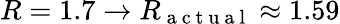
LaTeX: R=1.7\to R_{\mathrm{~a~c~t~u~a~l~}}\approx 1.59